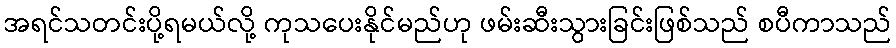
အရင်သတင်းပို့ရမယ်လို့ ကုသပေးနိုင်မည်ဟု ဖမ်းဆီးသွားခြင်းဖြစ်သည် စပီကာသည်